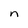
Character: n